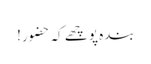
بندہ پوچھے کہ حضور!